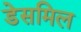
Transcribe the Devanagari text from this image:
डेसमिल